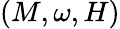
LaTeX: (M,\omega,H)